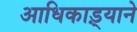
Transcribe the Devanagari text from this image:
आधिकाड़्याने